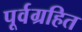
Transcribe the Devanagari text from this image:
पूर्वग्रहित